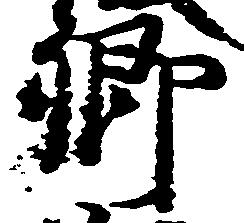
卿